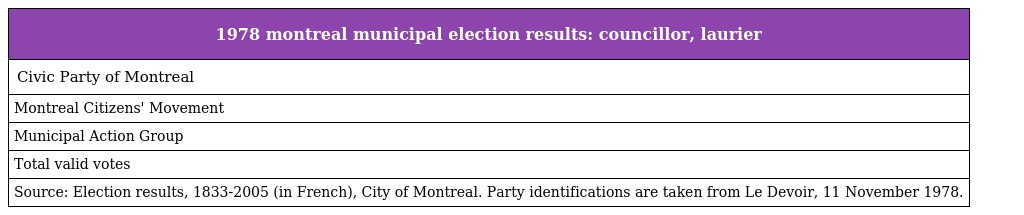
| 1978 montreal municipal election results: councillor, laurier |
 | --- |
 | Civic Party of Montreal |
 | Montreal Citizens' Movement |
 | Municipal Action Group |
 | Total valid votes |
 | Source: Election results, 1833-2005 (in French), City of Montreal. Party identifications are taken from Le Devoir, 11 November 1978. |